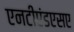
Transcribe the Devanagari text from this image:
एनटीएंडएसए